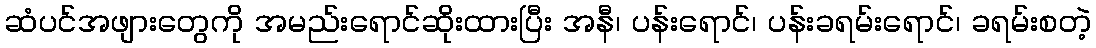
ဆံပင်အဖျားတွေကို အမည်းရောင်ဆိုးထားပြီး အနီ၊ ပန်းရောင်၊ ပန်းခရမ်းရောင်၊ ခရမ်းစတဲ့